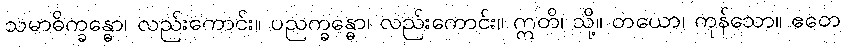
သမာဓိက္ခန္ဓော၊ လည်းကောင်း။ ပညက္ခန္ဓော၊ လည်းကောင်း။ ဣတိ၊ သို့။ တယော၊ ကုန်သော။ ဧတေ